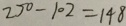
2 5 0 - 1 0 2 = 1 4 8